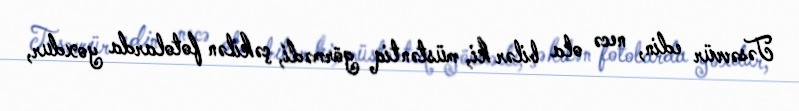
Təsəvvür edin, necə ola bilər ki, müstəntiq görmədi, çəkilən fotolarda yoxdur,